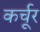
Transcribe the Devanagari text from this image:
कर्चूर